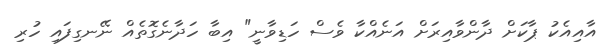
އާއިއެކު ޕާކަށް ދާންވާއިރަށް އަނެއްކާ ވެސް ހަޑިވާނީ" އިބާ ހަދާނެގޮތެއް ނޭނގިފައި ހުރި